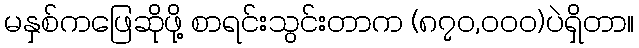
မနှစ်ကဖြေဆိုဖို့ စာရင်းသွင်းတာက (၈၇၀,၀၀၀)ပဲရှိတာ။